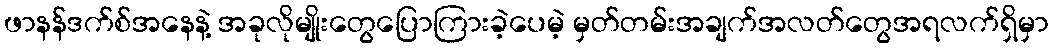
ဖာနန်ဒက်စ်အနေနဲ့ အခုလိုမျိုးတွေပြောကြားခဲ့ပေမဲ့ မှတ်တမ်းအချက်အလတ်တွေအရလက်ရှိမှာ